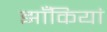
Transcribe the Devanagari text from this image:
झाँकियां